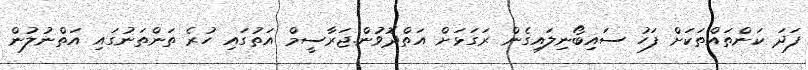
ފަދަ ކަންތައްތަކަށް ފަހު ސައިބޯނިލައިގެން ރަގަޅަށް އަތްދޮވުން.ޖަރާސީމް އަތުގައި ހުރެ ތަންތަނުގައި އަތްނުލުން